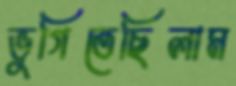
ভুগিতেছিলাম